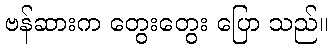
ဗန်ဆားက တွေးတွေး ပြော သည်။